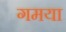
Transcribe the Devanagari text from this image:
गमया